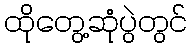
ထိုတွေ့ဆုံပွဲတွင်